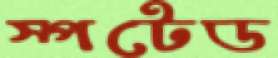
স্পটেড